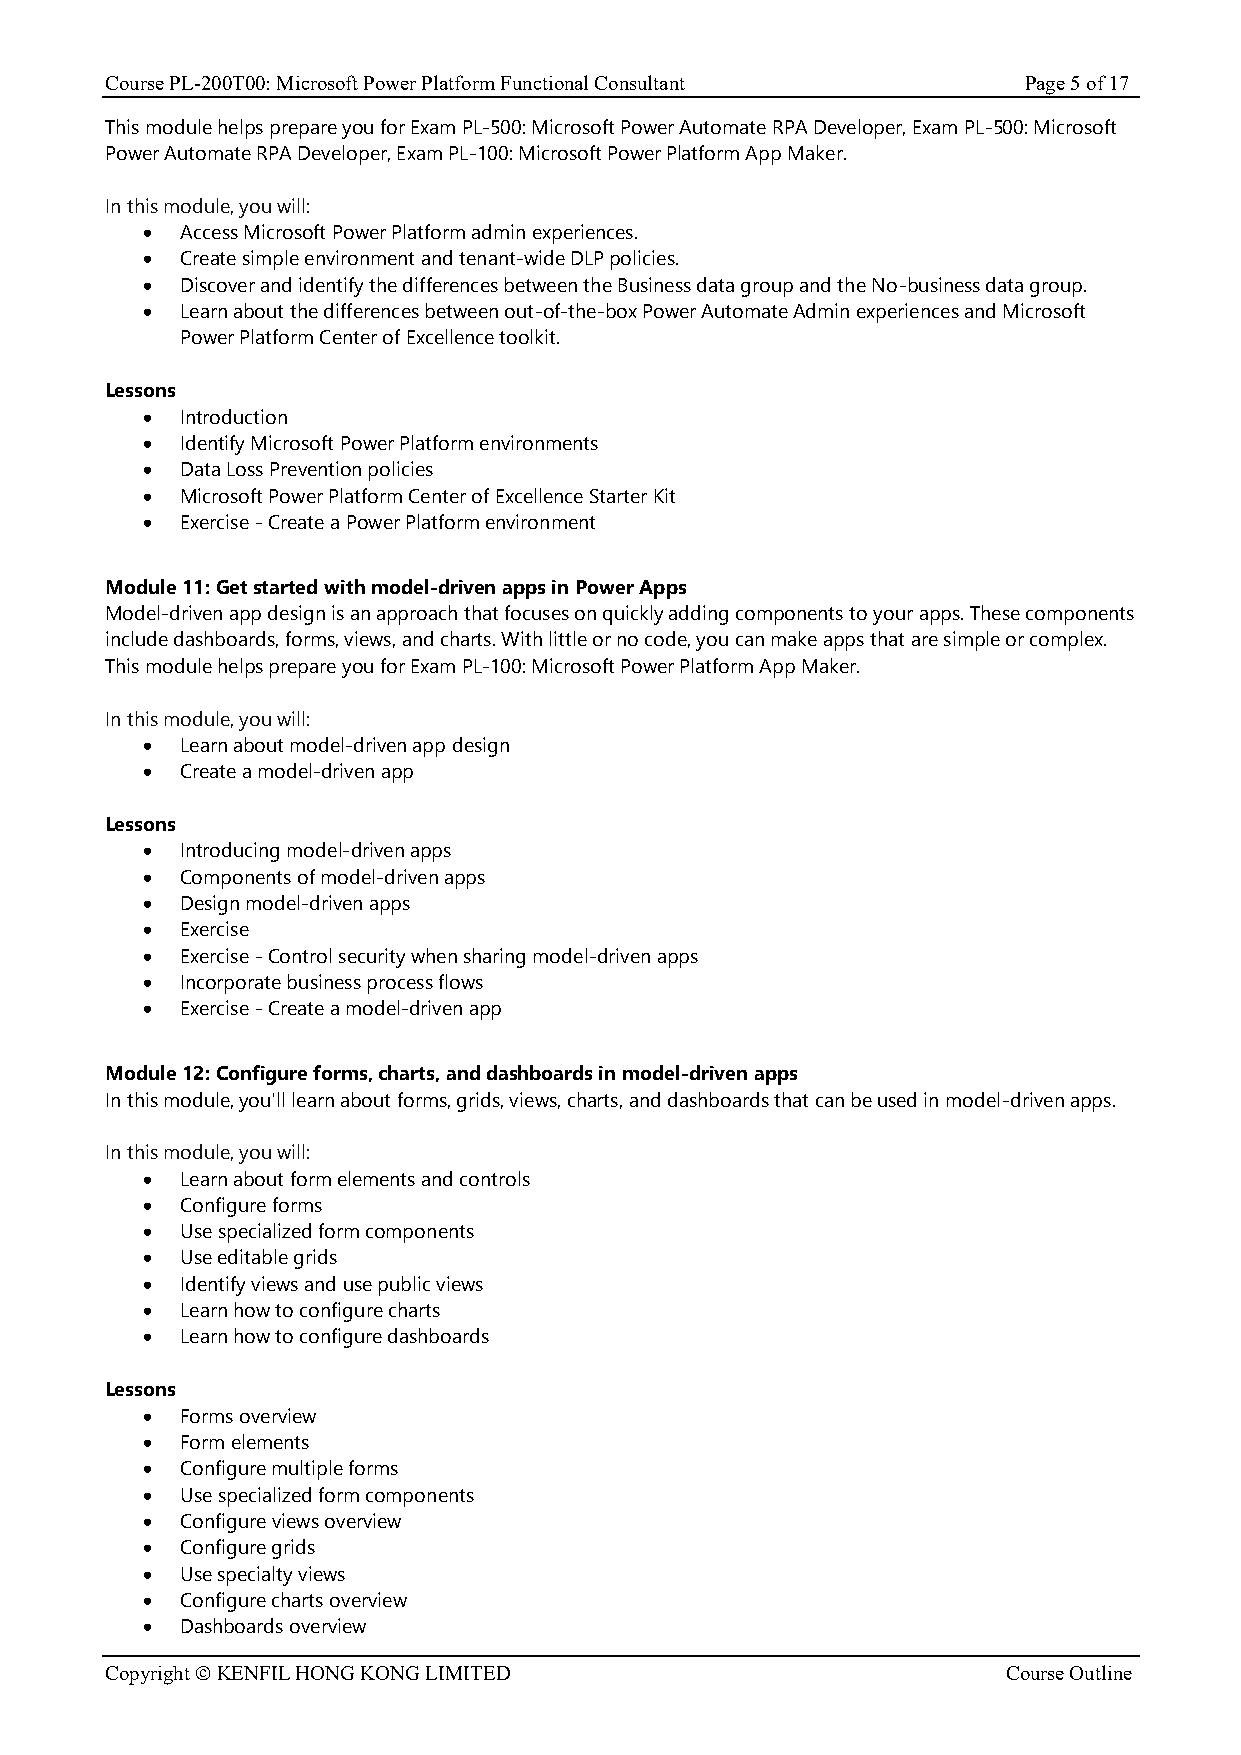
Course PL-200T00: Microsoft Power Platform Functional Consultant Page 5 of 17
 This module helps prepare you for Exam PL-500: Microsoft Power Automate RPA Developer, Exam PL-500: Microsoft
 Power Automate RPA Developer, Exam PL-100: Microsoft Power Platform App Maker.
 In this module, you will:
 •  Access Microsoft Power Platform admin experiences.
 •  Create simple environment and tenant-wide DLP policies.
 •  Discover and identify the differences between the Business data group and the No-business data group.
 •  Learn about the differences between out-of-the-box Power Automate Admin experiences and Microsoft
 Power Platform Center of Excellence toolkit.
 Lessons
 •  Introduction
 •  Identify Microsoft Power Platform environments
 •  Data Loss Prevention policies
 •  Microsoft Power Platform Center of Excellence Starter Kit
 •  Exercise - Create a Power Platform environment
 Module 11: Get started with model-driven apps in Power Apps
 Model-driven app design is an approach that focuses on quickly adding components to your apps. These components
 include dashboards, forms, views, and charts. With little or no code, you can make apps that are simple or complex.
 This module helps prepare you for Exam PL-100: Microsoft Power Platform App Maker.
 In this module, you will:
 •  Learn about model-driven app design
 •  Create a model-driven app
 Lessons
 •  Introducing model-driven apps
 •  Components of model-driven apps
 •  Design model-driven apps
 •  Exercise
 •  Exercise - Control security when sharing model-driven apps
 •  Incorporate business process flows
 •  Exercise - Create a model-driven app
 Module 12: Configure forms, charts, and dashboards in model-driven apps
 In this module, you'll learn about forms, grids, views, charts, and dashboards that can be used in model-driven apps.
 In this module, you will:
 •  Learn about form elements and controls
 •  Configure forms
 •  Use specialized form components
 •  Use editable grids
 •  Identify views and use public views
 •  Learn how to configure charts
 •  Learn how to configure dashboards
 Lessons
 •  Forms overview
 •  Form elements
 •  Configure multiple forms
 •  Use specialized form components
 •  Configure views overview
 •  Configure grids
 •  Use specialty views
 •  Configure charts overview
 •  Dashboards overview
 Copyright © KENFIL HONG KONG LIMITED                        Course Outline